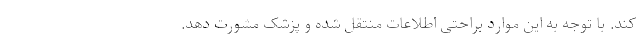
کند. با توجه به این موارد براحتی اطلاعات منتقل شده و پزشک مشورت دهد.